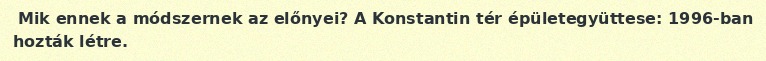
Mik ennek a módszernek az előnyei? A Konstantin tér épületegyüttese: 1996-ban hozták létre.